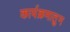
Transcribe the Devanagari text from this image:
कार्यक्रमातुन